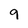
Character: 9